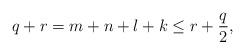
LaTeX: \begin{align*}q+r=m+n+l+k\leq r+\dfrac{q}{2},\end{align*}